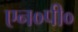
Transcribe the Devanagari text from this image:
एन०पी०